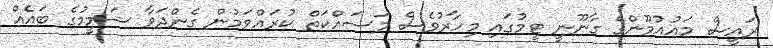
ރައީސް މައުއުމޫންގެ ގާނޫނީ ޓީމުގައި މިހާރުވެސް މަސައްކަތް ކުރައްވަމުން ގެންދަވާ ޝަމީމުގެ ބައެއް